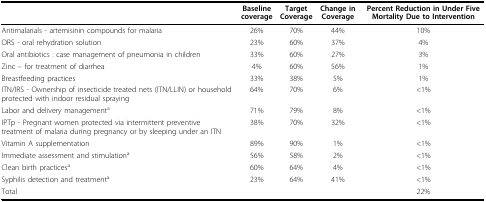
|  | Baseline coverage | Target Coverage | Change in Coverage | Percent Reduction in Under Five Mortality Due to Intervention |
 | --- | --- | --- | --- | --- |
 | Antimalarials - artemisinin compounds for malaria | 26% | 70% | 44% | 10% |
 | ORS - oral rehydration solution | 23% | 60% | 37% | 4% |
 | Oral antibiotics : case management of pneumonia in children | 33% | 60% | 27% | 3% |
 | Zinc – for treatment of diarrhea | 4% | 60% | 56% | 1% |
 | Breastfeeding practices | 33% | 38% | 5% | 1% |
 | ITN/IRS - Ownership of insecticide treated nets (ITN/LLIN) or household protected with indoor residual spraying | 64% | 70% | 6% | <1% |
 | Labor and delivery managementa | 71% | 79% | 8% | <1% |
 | IPTp - Pregnant women protected via intermittent preventive treatment of malaria during pregnancy or by sleeping under an ITN | 38% | 70% | 32% | <1% |
 | Vitamin A supplementation | 89% | 90% | 1% | <1% |
 | Immediate assessment and stimulationa | 56% | 58% | 2% | <1% |
 | Clean birth practicesa | 60% | 64% | 4% | <1% |
 | Syphilis detection and treatmenta | 23% | 64% | 41% | <1% |
 | Total |  |  |  | 22% |